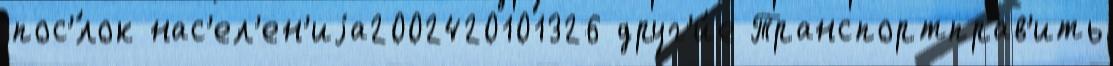
пос'́лок нас'ел'ен'иjа2002420101326 друг'и́е Транспортправ'ить